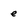
Character: e